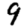
Digit: 9